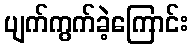
ပျက်ကွက်ခဲ့ကြောင်း